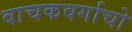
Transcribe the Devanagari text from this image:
वाचकवर्गाचो